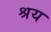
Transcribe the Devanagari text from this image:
श्रय